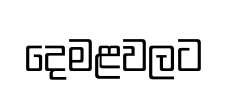
දෙමළවලට